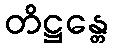
တိဋ္ဌန္တေ